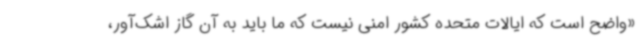
«واضح است که ایالات متحده کشور امنی نیست که ما باید به آن گاز اشک‌آور،